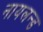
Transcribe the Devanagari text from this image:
नायलन्ड